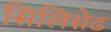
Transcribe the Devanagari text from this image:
सिलिसेढ